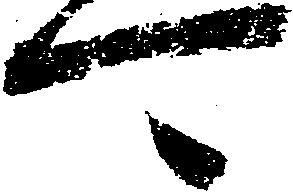
可